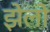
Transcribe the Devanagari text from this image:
झेलो